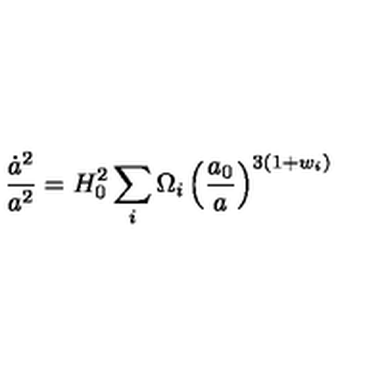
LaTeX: \frac { \dot { a } ^ { 2 } } { a ^ { 2 } } = H _ { 0 } ^ { 2 } \sum _ { i } \Omega _ { i } \left( \frac { a _ { 0 } } { a } \right) ^ { 3 ( 1 + w _ { i } ) }